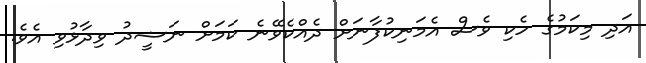
އަދި މިކަމުގެ ހެކި ވެސް އެމަނިކުފާނަށް ދެއްކެވޭނެ ކަމަށް ނަޝީދު ވިދާޅުވި އެވެ.